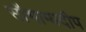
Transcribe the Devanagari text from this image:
सौभाग्यदीप